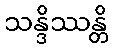
သန္ဒိဿန္တိ